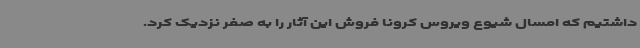
داشتیم که امسال شیوع ویروس کرونا فروش این آثار را به صفر نزدیک کرد.